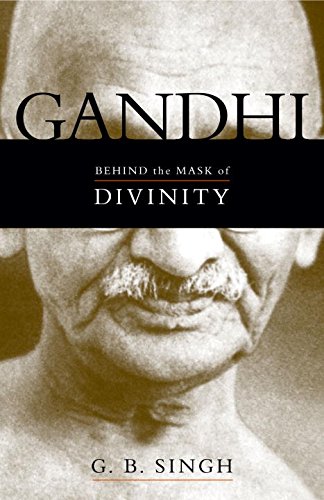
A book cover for Gandhi: Behind the Mask of Divinity; G. B. Singh; Religion & Spirituality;